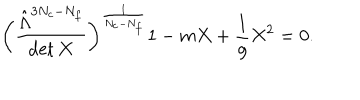
LaTeX: \biggl ( \frac { \hat { \Lambda } ^ { 3 N _ { c } - N _ { f } } } { \det X } \biggr ) ^ { \frac { 1 } { N _ { c } - N _ { f } } } 1 - m X + \frac { 1 } { g } X ^ { 2 } = 0 .